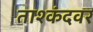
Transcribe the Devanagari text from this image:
ताश्कंदवर